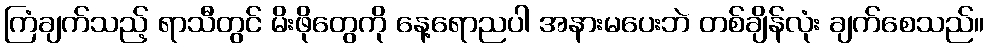
ကြံချက်သည့် ရာသီတွင် မိးဖိုတွေကို နေ့ရောညပါ အနားမပေးဘဲ တစ်ချိန်လုံး ချက်စေသည်။